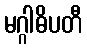
မဂ္ဂါဓိပတီ